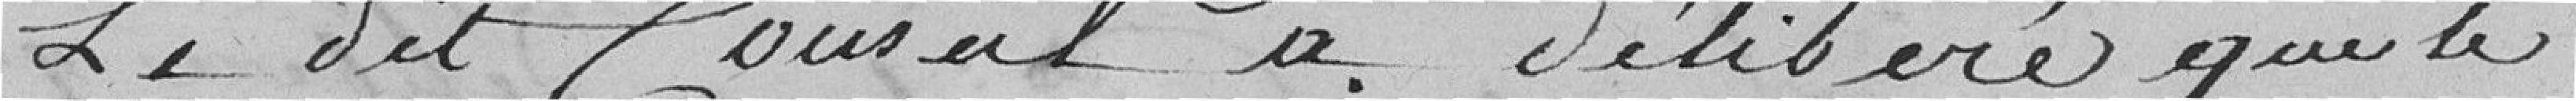
Le dit conseil a délibéré que le